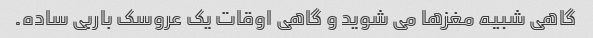
گاهی شبیه مغزها می شوید و گاهی اوقات یک عروسک باربی ساده.